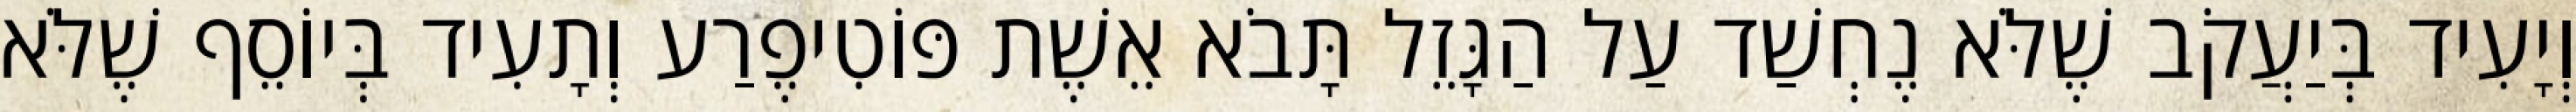
וְיָעִיד בְּיַעֲקֹב שֶׁלֹּא נֶחְשַׁד עַל הַגָּזֵל תָּבֹא אֵשֶׁת פּוֹטִיפֶרַע וְתָעִיד בְּיוֹסֵף שֶׁלֹּא